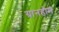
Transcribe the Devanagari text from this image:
ग्रानहोम